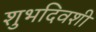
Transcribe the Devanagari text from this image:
शुभदिवशी